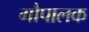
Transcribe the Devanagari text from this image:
गौपालक